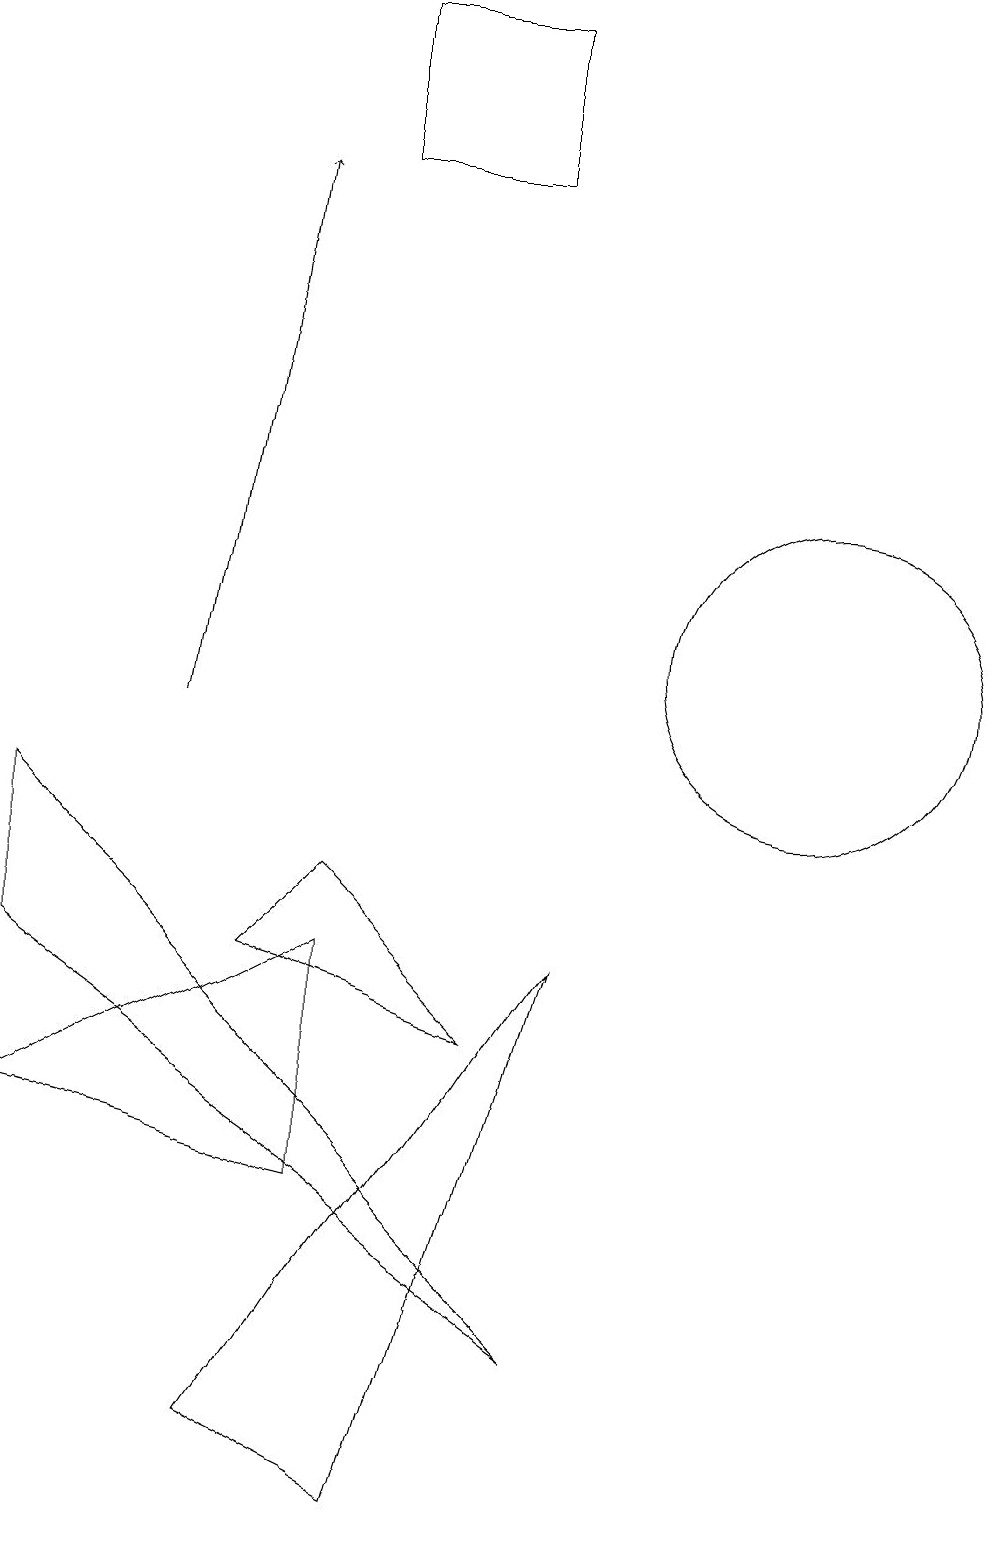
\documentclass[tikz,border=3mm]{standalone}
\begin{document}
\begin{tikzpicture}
\draw (8,6) -- (6,8) -- (5,7) -- cycle;
\draw (9,7) -- (5,1) -- (7,0) -- cycle;
\draw (12,12) circle (0);
\draw (9,2) -- (2,7) -- (2,9) -- cycle;
\draw (6,19) rectangle (8,17);
\draw (12,11) circle (2);
\draw[->] (4,10) -- (5,17);
\draw (2,5) -- (6,7) -- (6,4) -- cycle;
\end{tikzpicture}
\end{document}